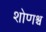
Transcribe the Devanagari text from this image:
शोणश्च